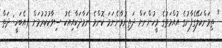
" ތިމަންކަލޭގެފާނުގެ އުއްމަތުގެ މީހުންނަށް ދަތިނުވާނެނަމަ ކޮންމެ ނަމާދަކާއިއެކު ސިވާކުކުރުމަށް (އެބަހީ: ދަތް